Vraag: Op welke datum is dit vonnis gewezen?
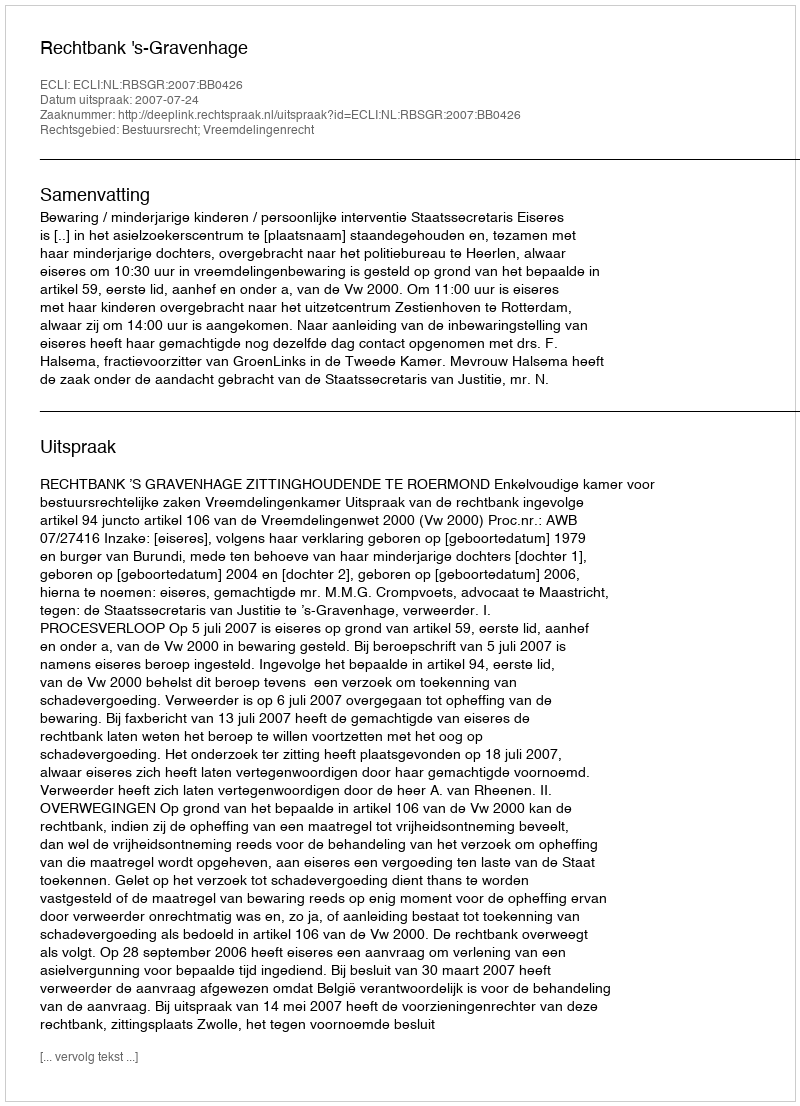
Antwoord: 2007-07-24